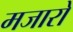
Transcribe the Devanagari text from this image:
मजारो